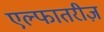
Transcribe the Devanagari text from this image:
एल्फातरीज़